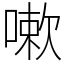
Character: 嗽